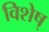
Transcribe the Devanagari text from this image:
विशेष्